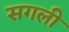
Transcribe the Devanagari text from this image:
सगली